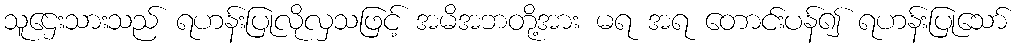
သူဌေးသားသည် ရဟန်းပြုလိုလှသဖြင့် အမိအဘတို့အား မရ အရ တောင်းပန်၍ ရဟန်းပြုသော်